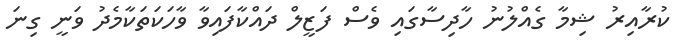
ކުރާއިރު ޝިމާ ގެއްލުނު ހާދިސާގައި ވެސް ފަޒީލް ދައްކާފައިވާ ވާހަކަތަކާމެދު ވަނީ ގިނަ